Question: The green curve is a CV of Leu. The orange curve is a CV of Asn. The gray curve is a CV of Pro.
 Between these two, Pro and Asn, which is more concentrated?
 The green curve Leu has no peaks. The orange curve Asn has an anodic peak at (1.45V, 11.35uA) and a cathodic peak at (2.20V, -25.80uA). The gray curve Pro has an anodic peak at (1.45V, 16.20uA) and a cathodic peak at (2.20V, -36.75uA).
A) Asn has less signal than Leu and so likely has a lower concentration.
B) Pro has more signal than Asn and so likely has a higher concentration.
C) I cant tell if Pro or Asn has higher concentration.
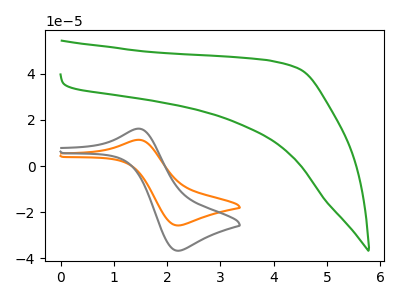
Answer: <think>All the peaks in "Pro" have a peak in "Asn" at the same potential. Every peak in "Pro" is higher than every peak in "Asn".
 </think>
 <answer>B) "Pro" has more signal than "Asn" and so likely has a higher concentration.</answer>
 <eval>B</eval>